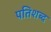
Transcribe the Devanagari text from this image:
पतिशब्द